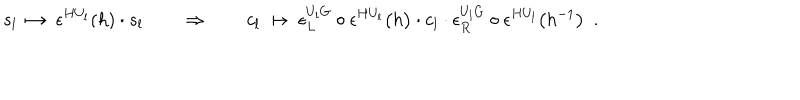
LaTeX: s _ { l } \ \mapsto \ \epsilon ^ { H U _ { l } } ( h ) \cdot s _ { l } \quad \quad \Rightarrow \quad \quad c _ { l } \ \mapsto \ \epsilon _ { L } ^ { U _ { l } G } \circ \epsilon ^ { H U _ { l } } \bigl ( h \bigr ) \cdot c _ { l } \cdot \epsilon _ { R } ^ { U _ { l } G } \circ \epsilon ^ { H U _ { l } } \bigl ( h ^ { - 1 } \bigr ) \ \ .